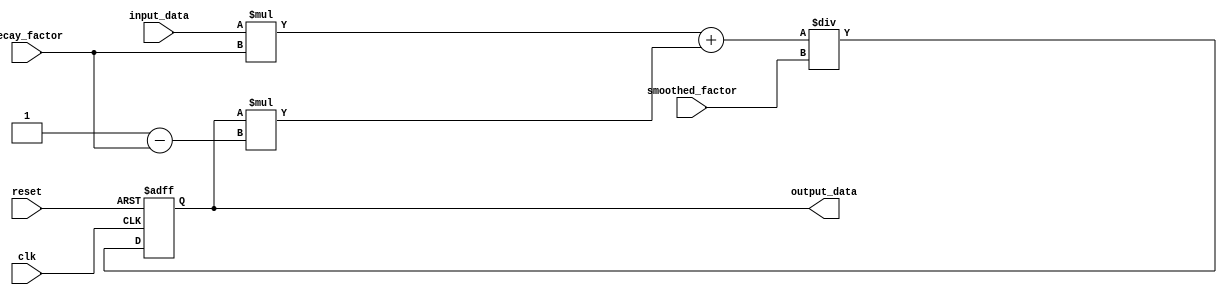
module EMA_accumulator (
    input wire clk,
    input wire reset,
    input wire [31:0] input_data,
    input wire [31:0] decay_factor,
    input wire [31:0] smoothed_factor,
    output reg [31:0] output_data
);

reg [31:0] accumulator;

always @(posedge clk or posedge reset) begin
    if (reset) begin
        accumulator <= 0;
    end else begin
        accumulator <= ((input_data * decay_factor) + (accumulator * (1 - decay_factor))) / smoothed_factor;
    end
end

assign output_data = accumulator;

endmodule